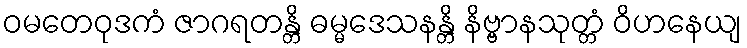
ဝမတေဝုဒကံ ဇာဂရတန္တိ ဓမ္မဒေသနန္တိ နိဗ္ဗာနသုတ္တံ ဝိဟနေယျ